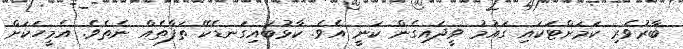
ބާރުވެރި ކަމަށްޓަކައި ގައުމު ވީދައިގެން ކަނީ އެވެ. ކާޅުބައިގަނޑެކޭ ތަފާތެއް ނެތެވެ. އެމީހަކަށް